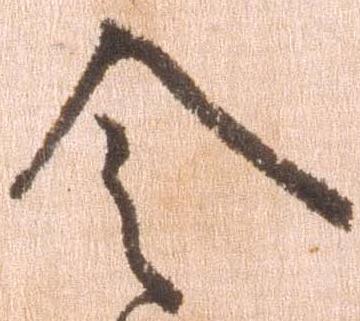
令